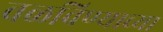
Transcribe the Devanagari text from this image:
वळविण्याच्या